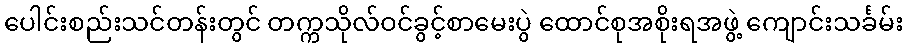
ပေါင်းစည်းသင်တန်းတွင် တက္ကသိုလ်ဝင်ခွင့်စာမေးပွဲ ထောင်စုအစိုးရအဖွဲ့ ကျောင်းသင်္ခမ်း